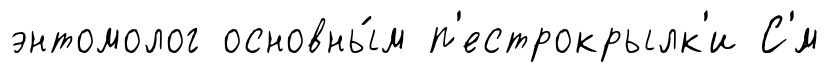
энтомолог основны́м п'естрокрылк'и С'́м